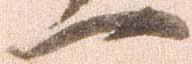
一